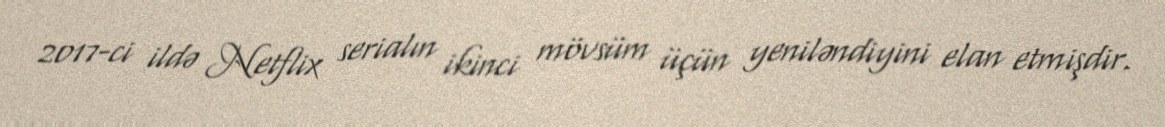
2017-ci ildə Netflix serialın ikinci mövsüm üçün yeniləndiyini elan etmişdir.